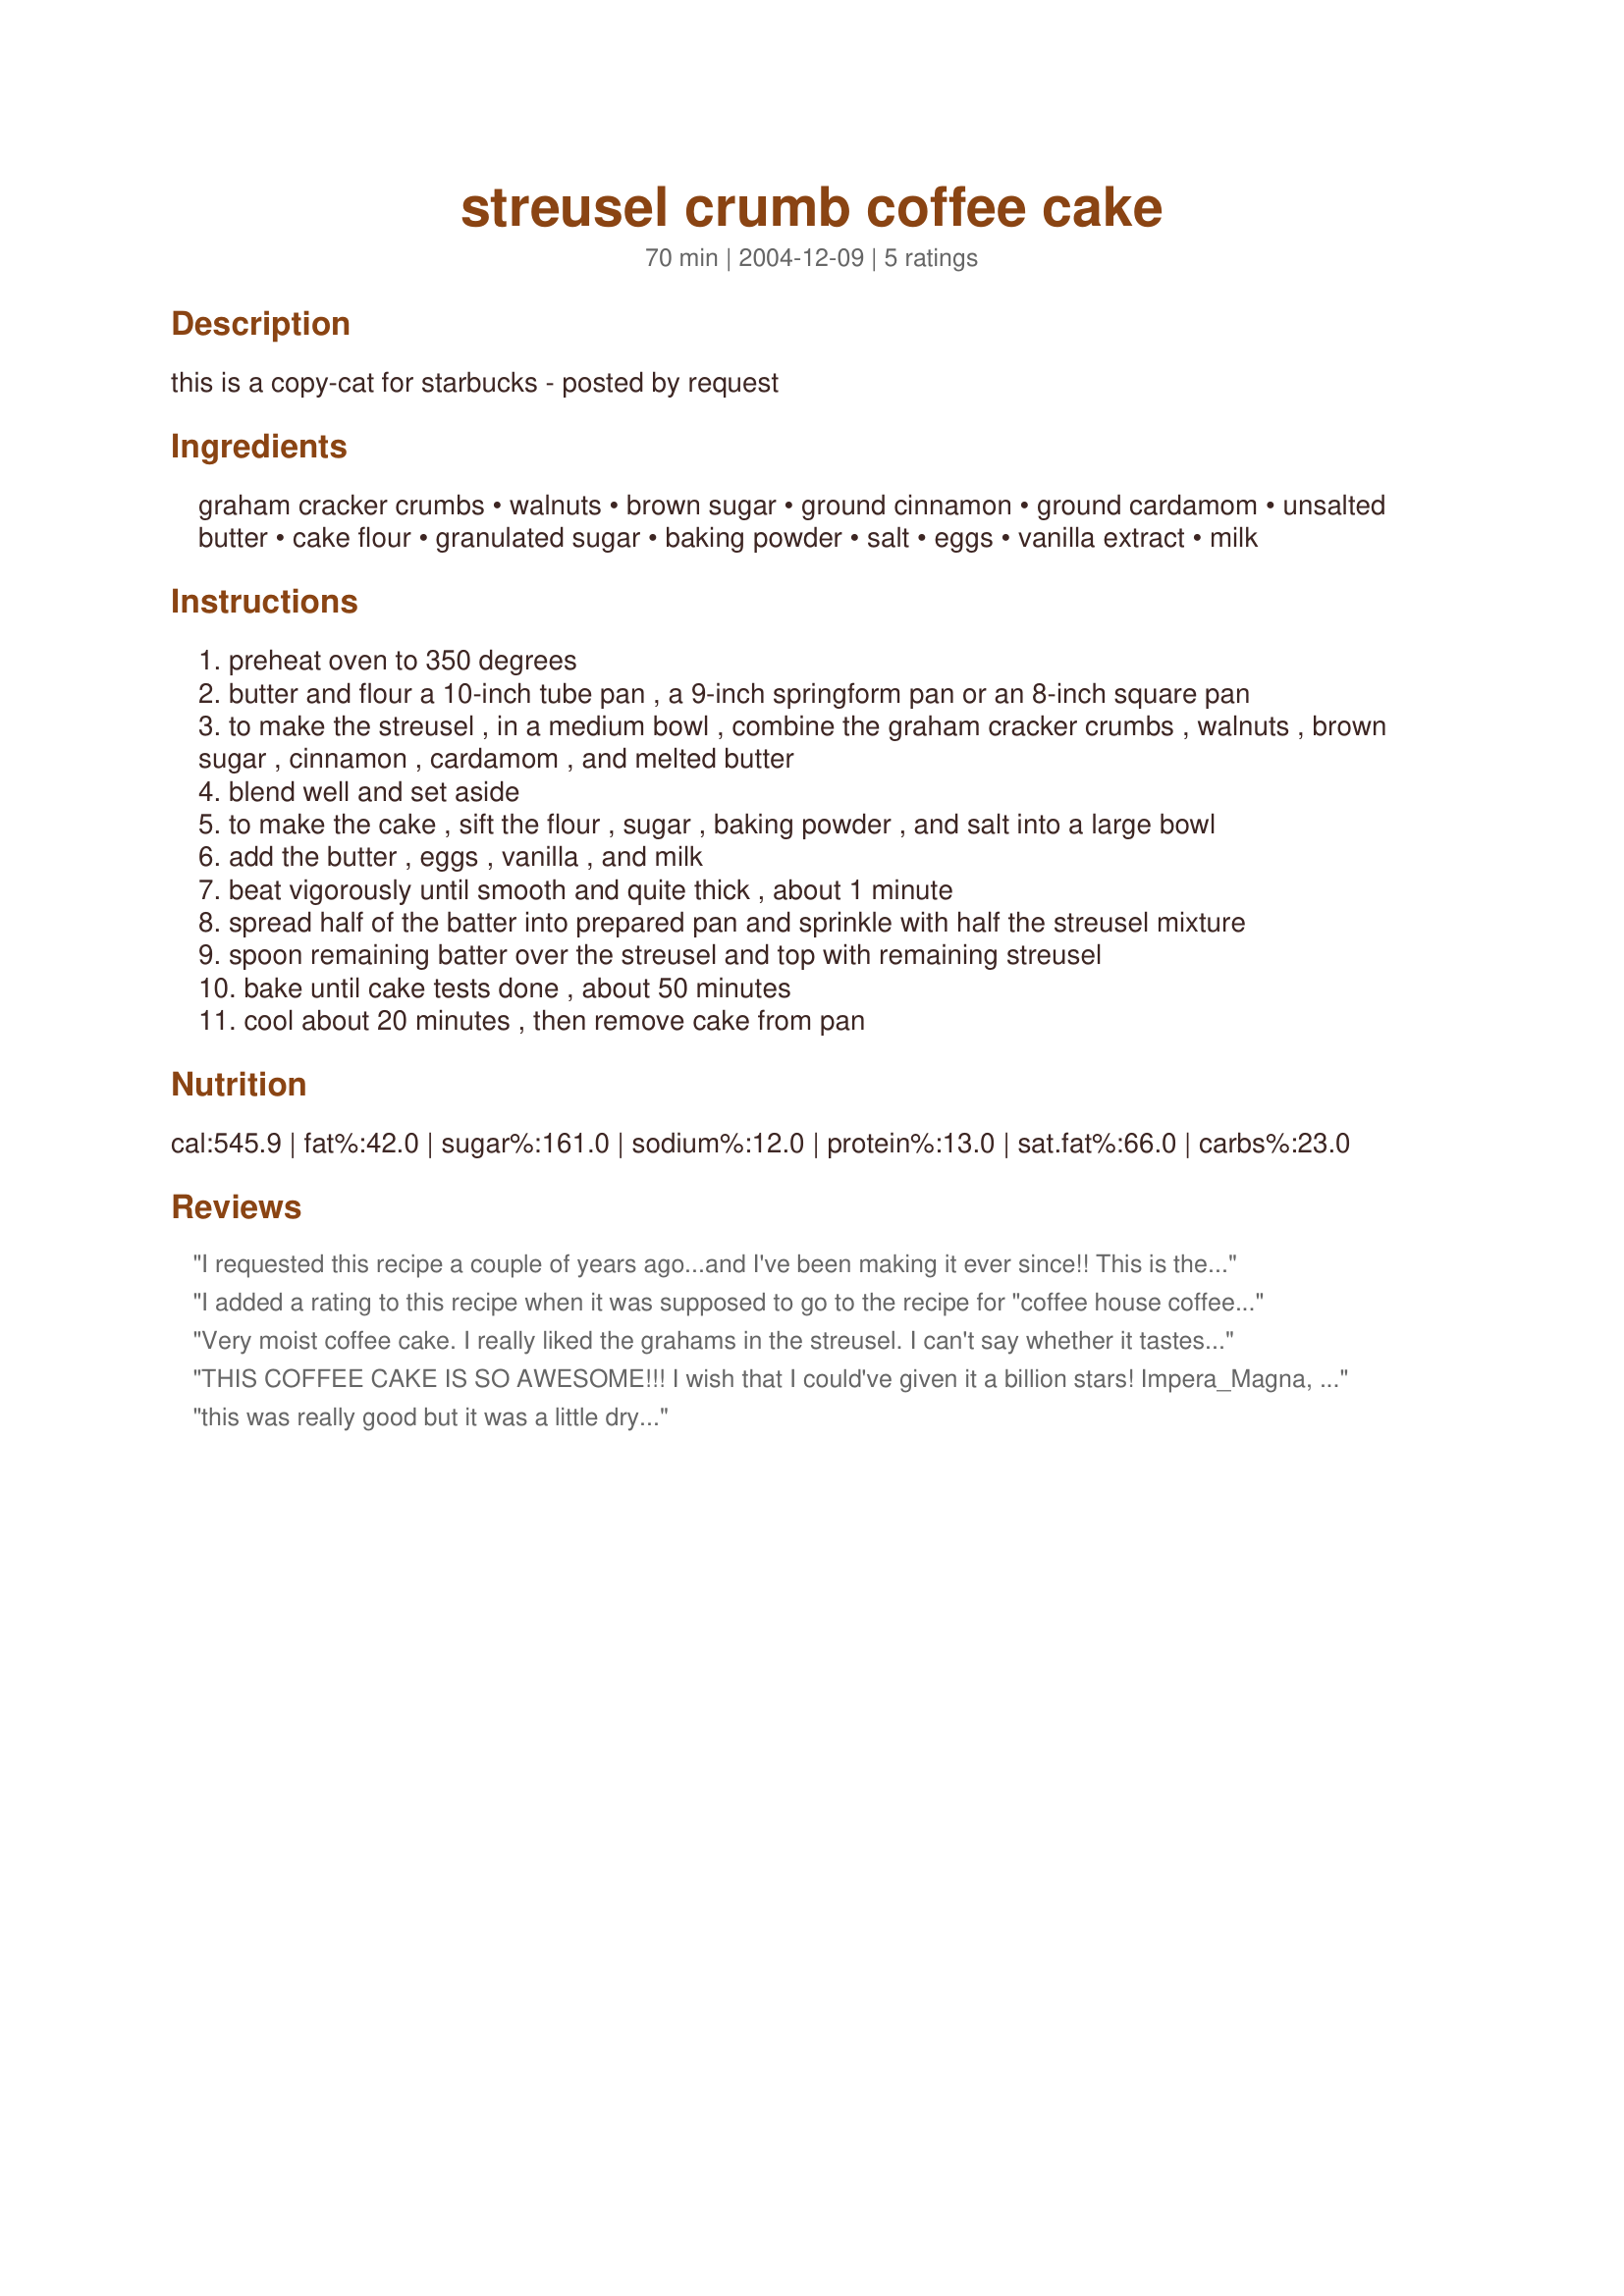
streusel crumb coffee cake
Preparation time: 70 minutes

this is a copy-cat for starbucks - posted by request

Ingredients:
graham cracker crumbs, walnuts, brown sugar, ground cinnamon, ground cardamom, unsalted butter, cake flour, granulated sugar, baking powder, salt, eggs, vanilla extract, milk

Steps:
preheat oven to 350 degrees
butter and flour a 10-inch tube pan , a 9-inch springform pan or an 8-inch square pan
to make the streusel , in a medium bowl , combine the graham cracker crumbs , walnuts , brown sugar , cinnamon , cardamom , and melted butter
blend well and set aside
to make the cake , sift the flour , sugar , baking powder , and salt into a large bowl
add the butter , eggs , vanilla , and milk
beat vigorously until smooth and quite thick , about 1 minute
spread half of the batter into prepared pan and sprinkle with half the streusel mixture
spoon remaining batter over the streusel and top with remaining streusel
bake until cake tests done , about 50 minutes
cool about 20 minutes , then remove cake from pan

Reviews:
I requested this recipe a couple of years ago...and I've been making it ever since!! This is the most delicious, moist and tender coffee cake I've ever made and YES it does taste just like Starbuck's!!
10 STars!!
Thank you for posting, sorry it took so long for me to realize I've never reviewed this fabulous recipe!
I added a rating to this recipe when it was supposed to go to the recipe for "coffee house coffee cake"(#41848 )- sorry, I don't know what happened. I haven't tried this one yet:)
Very moist coffee cake. I really liked the grahams in the streusel. I can't say whether it tastes like Starbucks or not as I only had theirs once, about 6 years ago. But this coffee cake is very good!!!
THIS COFFEE CAKE IS SO AWESOME!!! I wish that I could've given it a billion stars! Impera_Magna, you seriously rock! I have been in search of buying Starbuck's Crumbleberry Coffee Cake, but only a few stores sell it (in-store). So, I found the source of the cake and e-mailed them about the price etc. However, they are retiring the cake for a minimum of months!!! So, I was bummed and decided to try and recreate the heavenly delight myself...GREAT IDEA! I stumbled across this recipe and went bananas :) The cake is so awesome and so moist it should be a crime! I did have to add to the recipe to get the desired taste that I was looking for with the fruit combo. I added blueberries, blackberries and raspberries (fresh ,cut in half) to the center of the cake mixture and on top underneath the top layer of streusel. I made it yesterday and it is almost gone! I'm not sure what the other individual did wrong to the recipe to make their cake dry, but it had to be done wrong! There is NOTHING dry about this wonderful cake :) It is rich, moist, fruity (if you add it) and thick! Each addition to the cake balances out all the flavors! And, to save a little money. Instead of buying a box of graham cracker crumbs. I just bought one graham cracker pie shell...it is the exact amount crumbled up that the recipe calls for! I saved $2...every little bit helps! Again, great job! THANK YOU SO MUCH! I am actually baking another one in a day or so :) HAVE A BLESSED DAY! Ciao~
this was really good but it was a little dry...
